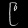
Digit: ၉